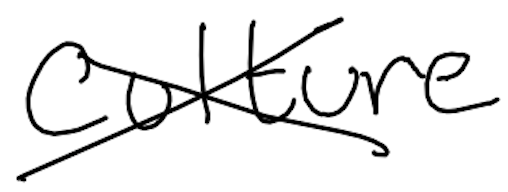
Text: Culture
Cross-out: cross
Writing tool: digital_black